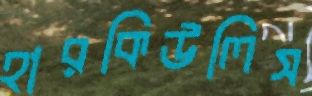
হারকিউলিস